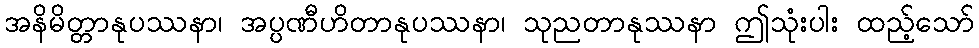
အနိမိတ္တာနုပဿနာ၊ အပ္ပဏီဟိတာနုပဿနာ၊ သုညတာနုဿနာ ဤသုံးပါး ထည့်သော်